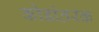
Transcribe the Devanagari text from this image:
कोडांतरक